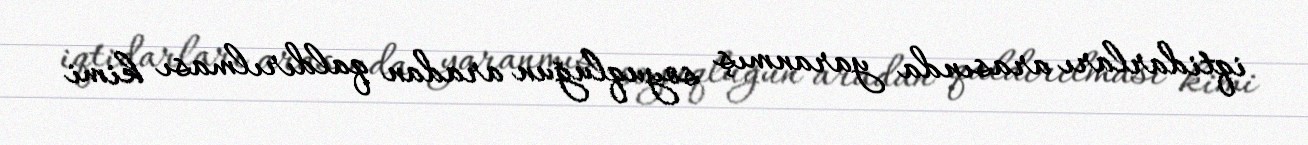
iqtidarları arasında yaranmış soyuqluğun aradan qaldırılması kimi